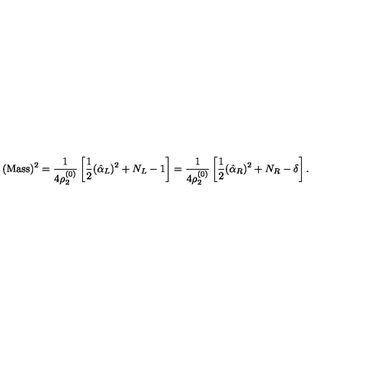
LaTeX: ( \mathrm { M a s s } ) ^ { 2 } = { \frac { 1 } { 4 \rho _ { 2 } ^ { ( 0 ) } } } \left[ { \frac { 1 } { 2 } } ( \hat { \alpha } _ { L } ) ^ { 2 } + N _ { L } - 1 \right] = { \frac { 1 } { 4 \rho _ { 2 } ^ { ( 0 ) } } } \left[ { \frac { 1 } { 2 } } ( \hat { \alpha } _ { R } ) ^ { 2 } + N _ { R } - \delta \right] .